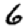
Digit: 6